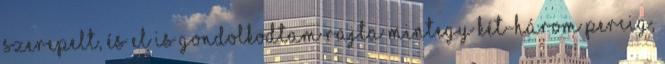
szerepelt, és el is gondolkodtam rajta mintegy két-három percig,